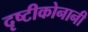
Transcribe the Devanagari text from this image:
दृष्टीकोनानी